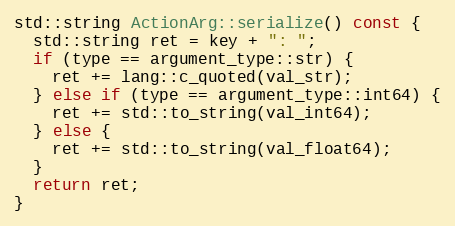
Language: C++
std::string ActionArg::serialize() const {
  std::string ret = key + ": ";
  if (type == argument_type::str) {
    ret += lang::c_quoted(val_str);
  } else if (type == argument_type::int64) {
    ret += std::to_string(val_int64);
  } else {
    ret += std::to_string(val_float64);
  }
  return ret;
}